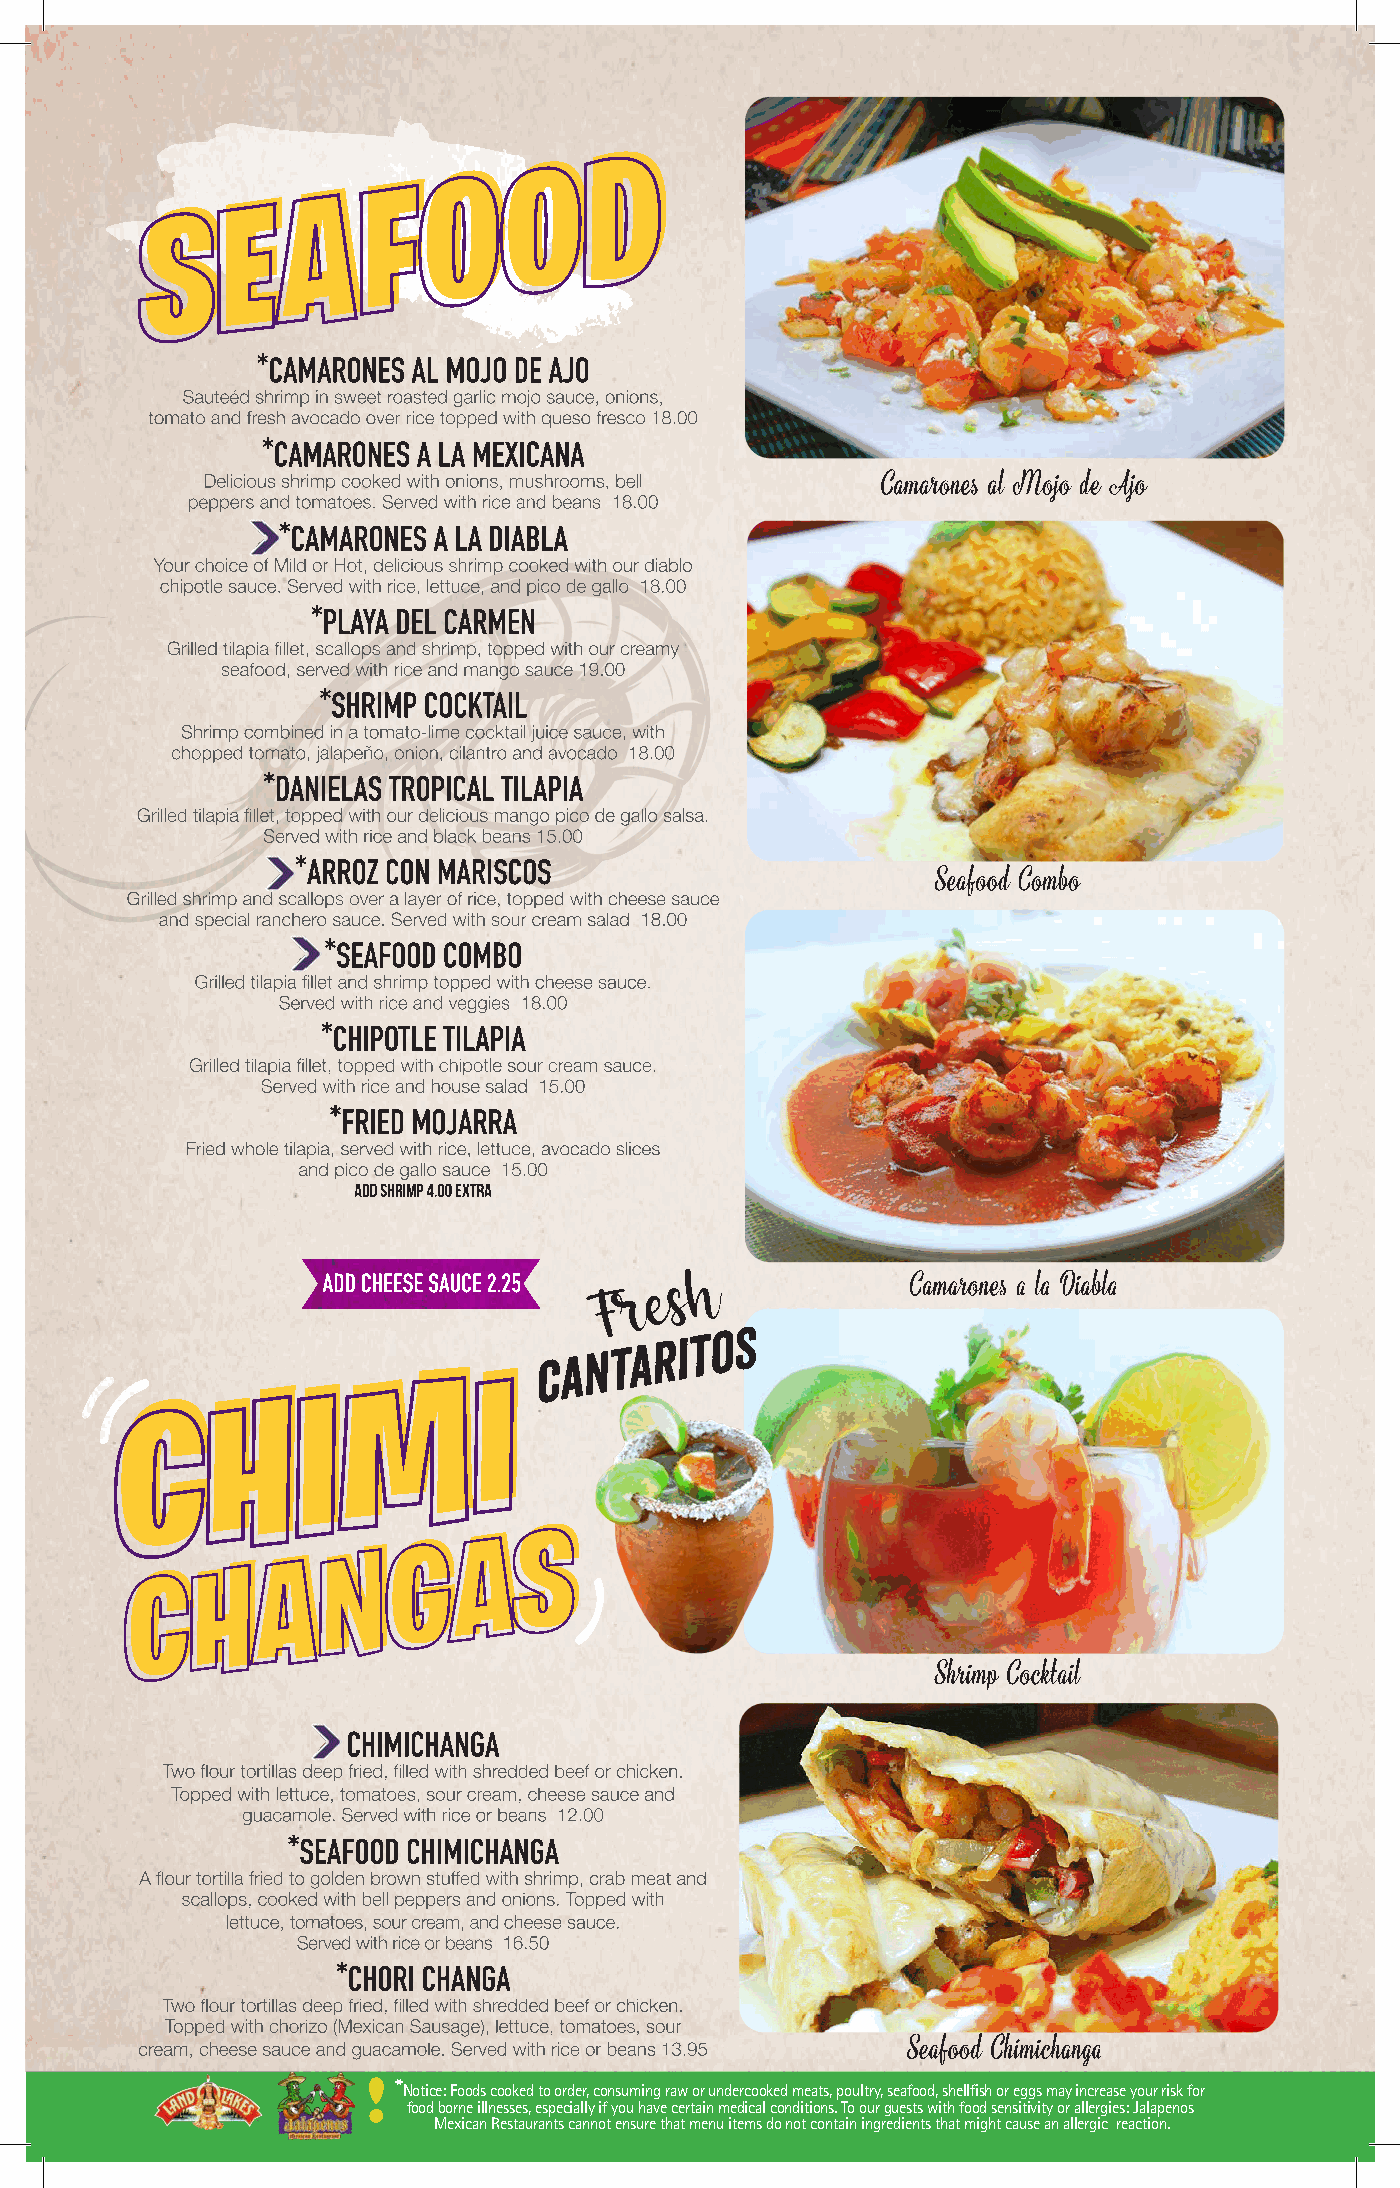
! *
 Notice: Foods cooked to order, consuming raw or undercooked meats, poultry, seafood, shellfish or eggs may increase your risk for
 food borne illnesses, especially if you have certain medical conditions. To our guests with food sensitivity or allergies: Jalapenos
 Mexican Restaurants cannot ensure that menu items do not contain ingredients that might cause an allergic reaction.